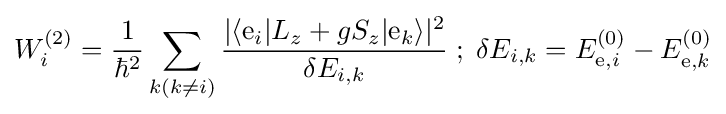
W_{i}^{\rm {(2)}}={\frac {1}{\hbar ^{2}}}\sum _{k(k\neq i)}{\frac {|\langle \mathrm {e} _{i}|L_{z}+gS_{z}|\mathrm {e} _{k}\rangle |^{2}}{\delta E_{i,k}}}\;;\;\delta E_{i,k}=E_{\mathrm {e} ,i}^{(0)}-E_{\mathrm {e} ,k}^{(0)}